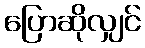
ပြောဆိုလျှင်